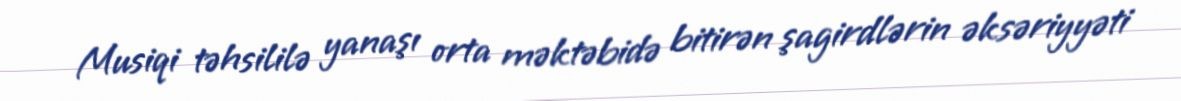
Musiqi təhsililə yanaşı orta məktəbidə bitirən şagirdlərin əksəriyyəti